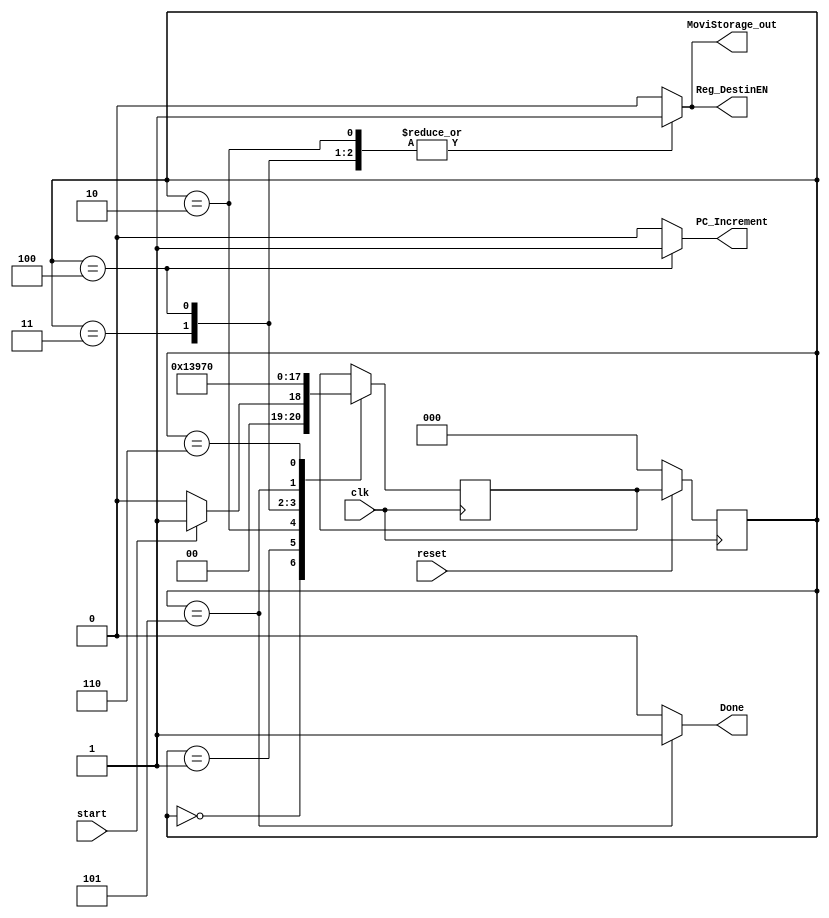
// MOVI FSM
// SS&M Final
// Johnathan Banks
//*******************************************************
module MOVI(Reg_DestinEN, PC_Increment, Done, MoviStorage_out, reset, clk, start);

input reset, clk, start;
output Reg_DestinEN, PC_Increment, Done, MoviStorage_out;
reg Reg_DestinEN, PC_Increment, Done, MoviStorage_out;
reg [2:0] state, next_state;

parameter
	Zero  = 3'b000, // Zero  = Waiting for begin signal *Denotes variable changed this state
	
					// Zero  | Reg_DestinEN = 0  | PC_Increment = 0  | Done = 0
					//------------------------------------------------------------------------------------------------------------
	One   = 3'b001, // One   | Reg_DestinEN = 1* | PC_Increment = 0  | Done = 0
					//------------------------------------------------------------------------------------------------------------
	Two   = 3'b010, // Two   | Reg_DestinEN = 0* | PC_Increment = 0  | Done = 0
					//------------------------------------------------------------------------------------------------------------
	Three = 3'b011, // Three | Reg_DestinEN = 0  | PC_Increment = 1* | Done = 0
					//------------------------------------------------------------------------------------------------------------
	Four  = 3'b100, // Four  | Reg_DestinEN = 0  | PC_Increment = 0* | Done = 1*
					//------------------------------------------------------------------------------------------------------------
	Five  = 3'b101, // Five   | Reg_DestinEN = 0  | PC_Increment = 0  | Done = 0*
					//------------------------------------------------------------------------------------------------------------
	Six	  = 3'b110;

always@(posedge clk)
begin
if (!reset) state <= Zero;
else /*if (clk)*/ state <= next_state;
end

always@(posedge clk)
begin
	case (state)
	Zero: if (start) next_state <= One;
		  else next_state <= Zero;
	One: 	next_state <= Two;
	Two: 	next_state <= Three;
	Three:  next_state <= Four;
	Four: 	next_state <= Five;
	Five: 	next_state <= Six;	
	Six: 	next_state <= Zero;
	endcase
end

always@(state)
	begin
		Reg_DestinEN	<= 1'b0;
		PC_Increment	<= 1'b0;
		Done			<= 1'b0;
		MoviStorage_out <= 1'b0;
	// Outputs set to default values
	case (state)
		Zero: /* Empty State */ ;
		One:	;
		Two: 	begin
					MoviStorage_out <= 1'b1;
					Reg_DestinEN	<= 1'b1;
				end
		Three:  begin
					MoviStorage_out <= 1'b1;
					Reg_DestinEN	<= 1'b1;
				end
		Four: 	begin
					MoviStorage_out <= 1'b1;		
					Reg_DestinEN 	<= 1'b1;
					PC_Increment	<= 1'b1;
				end
		Five: 	begin
					PC_Increment	<= 1'b0;
					MoviStorage_out <= 1'b0;
					Reg_DestinEN 	<= 1'b0;
					Done			<= 1'b1;
				end
		Six: 	begin
					Done			<= 1'b0;
				end
	endcase
	end
endmodule